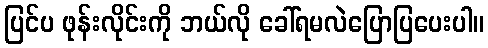
ပြင်ပ ဖုန်းလိုင်းကို ဘယ်လို ခေါ်ရမလဲပြောပြပေးပါ။